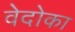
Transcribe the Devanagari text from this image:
वेदोका